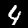
Digit: 4